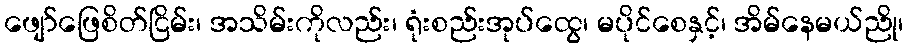
ဖျော်ဖြေစိတ်ငြိမ်း၊ အသိမ်းကိုလည်း၊ ရုံးစည်းအုပ်ထွေ၊ မပိုင်စေနှင့်၊ အိမ်နေမယ်ညို၊